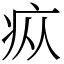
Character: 疭